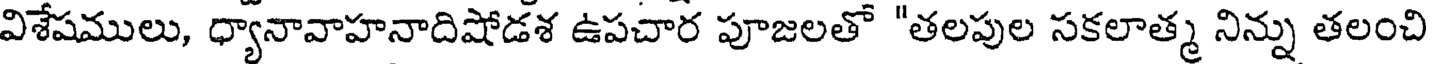
విశేషములు, ధ్యానావాహనాదిషోడశ ఉపచార పూజలతో "తలపుల సకలాత్మ నిన్ను తలంచి